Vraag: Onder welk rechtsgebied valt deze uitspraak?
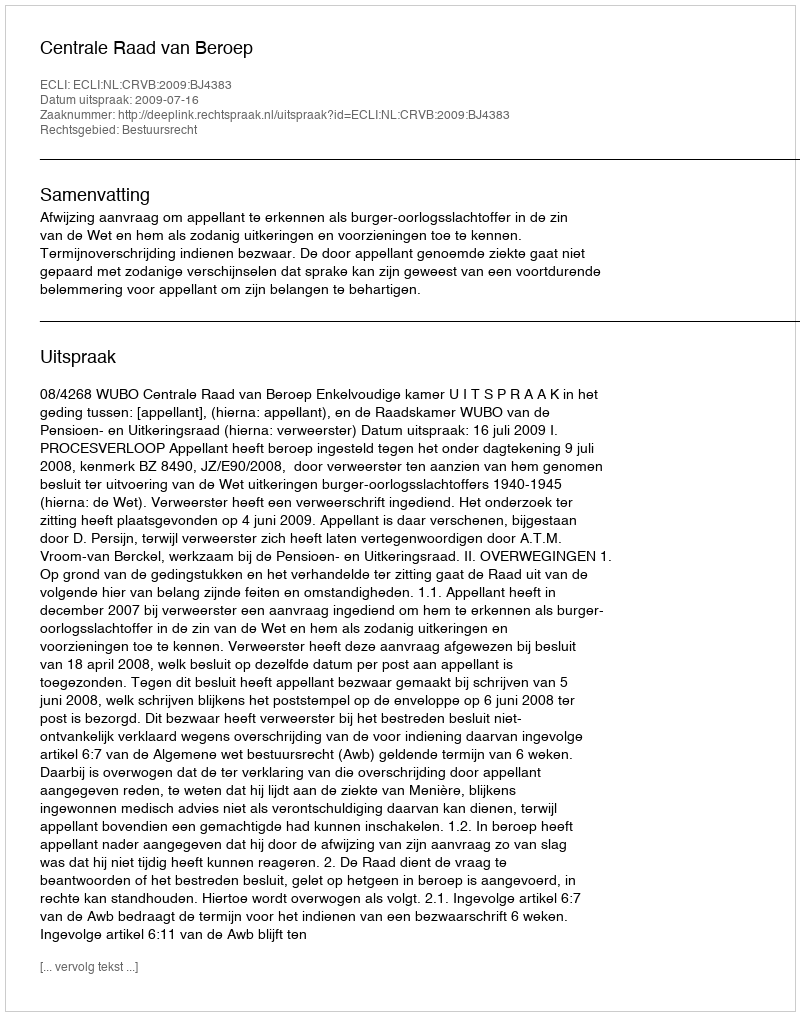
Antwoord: Bestuursrecht